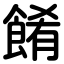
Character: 餚